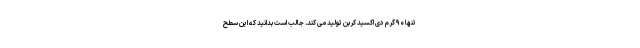
تنها ۹۰ گرم دی اکسید کربن تولید می کند. جالب است بدانید که این سطح